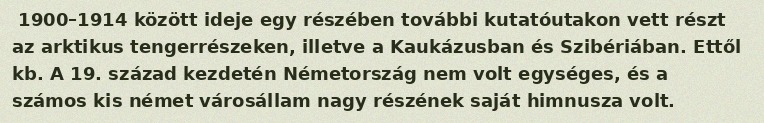
1900–1914 között ideje egy részében további kutatóutakon vett részt az arktikus tengerrészeken, illetve a Kaukázusban és Szibériában. Ettől kb. A 19. század kezdetén Németország nem volt egységes, és a számos kis német városállam nagy részének saját himnusza volt.